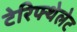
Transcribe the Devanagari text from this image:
टेरिफ्थेलेट